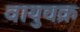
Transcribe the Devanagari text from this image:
वायुचक्र